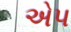
એપ